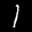
Label: 1